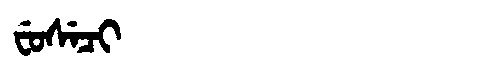
Manchu: ᠸᡠᠰᡝᠴᡳ
Romanization: FUSECI